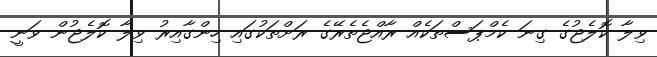
ވިލާ ކޮލެޖުގެ ގިނަ ކެމްޕަސްތަކެއް ރާއްޖެތެރޭގެ ރަށްތަކުގައި ހިންގާއިރު ވިލާ ކޮލެޖުން ވަނީ